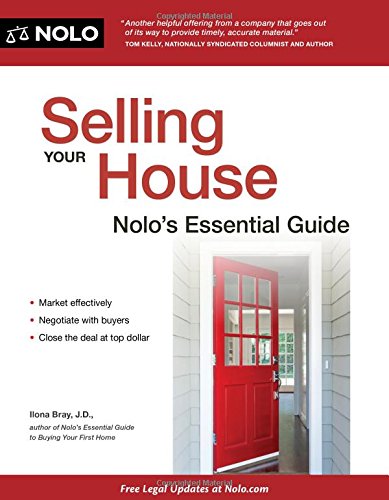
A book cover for Selling Your House: Nolo's Essential Guide; Ilona Bray J.D.; Business & Money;